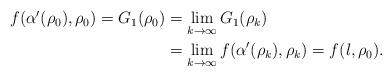
LaTeX: \begin{align*}\begin{aligned}f(\alpha'(\rho_0),\rho_0)=G_1(\rho_0)&=\lim_{k\to\infty}G_1(\rho_k)\\&=\lim_{k\to\infty}f(\alpha'(\rho_k),\rho_k)=f(l,\rho_0).\end{aligned}\end{align*}